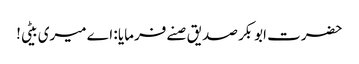
حضرت ابوبکر صدیق صنے فرمایا : اے میری بیٹی!